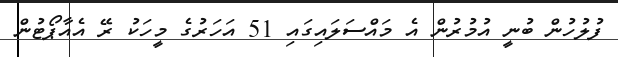
ފުލުހުން ބުނީ އުމުރުން އެ މައްސަލައިގައި 51 އަހަރުގެ މީހަކު ރޭ އެއާޕޯޓުން